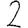
Digit: 2